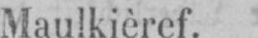
Maulkièref.